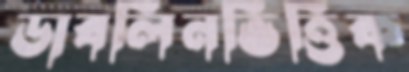
ডাবলিনভিত্তিক